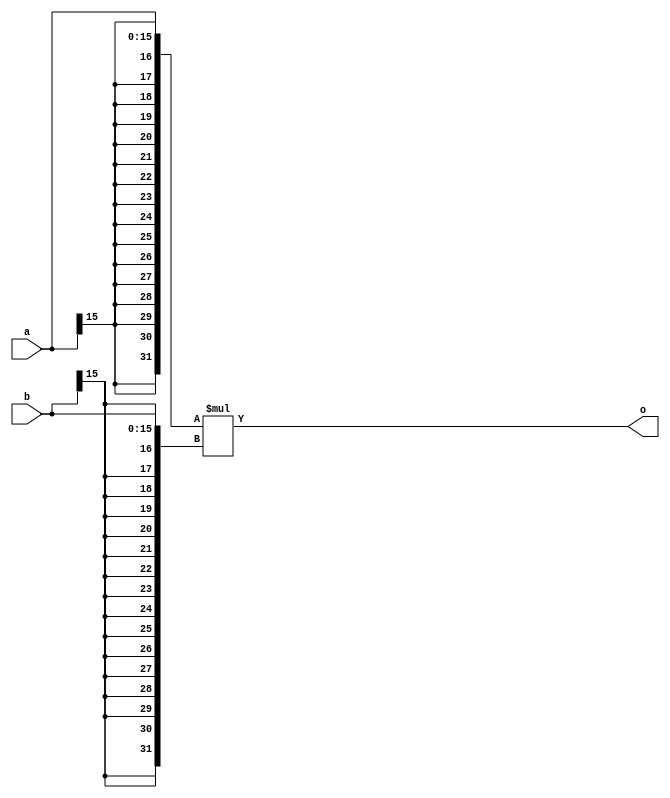
module mul # (parameter bit_width = 16) (a, b, o);
input [bit_width-1:0] a, b;
output [2*bit_width-1:0] o;

wire [2*bit_width-1:0] a_tmp, b_tmp;

assign a_tmp = {{(bit_width){a[bit_width-1]}}, {a}};
assign b_tmp = {{(bit_width){b[bit_width-1]}}, {b}};
assign o = a_tmp*b_tmp;
endmodule